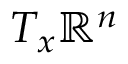
T _ { x } \mathbf { \mathbb { R } } ^ { n }